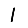
Digit: 1